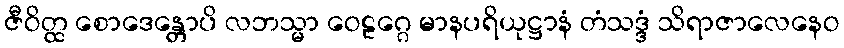
ဇီဝိတ္ထ စောဒေန္တောပိ လဘသ္မာ ဝေဠဂ္ဂေ မာနပရိယုဋ္ဌာနံ တံသဒ္ဒံ သိရာဇာလေနေဝ